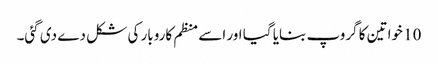
10 خواتین کا گروپ بنایا گیا اور اسے منظم کاروبار کی شکل دے دی گئی۔